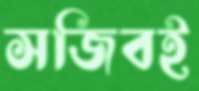
সজিবই